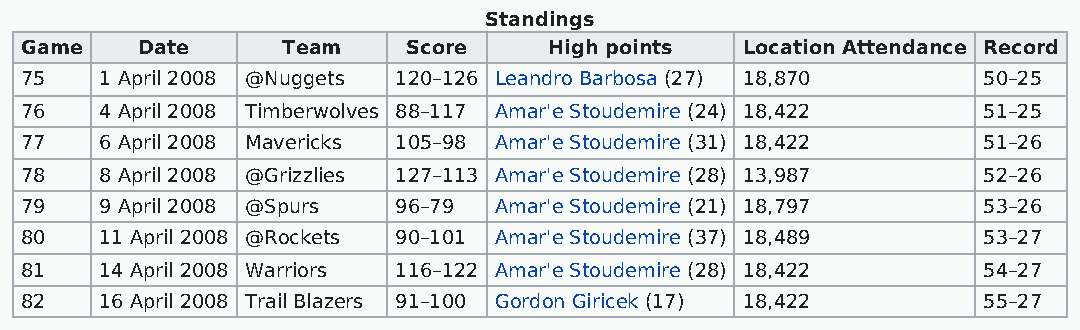
Standings
 Game    Date      Team    Score    High points  Location Attendance Record
 75    1 April 2008 @Nuggets 120–126 Leandro Barbosa (27) 18,870 50–25
 76    4 April 2008 Timberwolves 88–117 Amar'e Stoudemire (24) 18,422 51–25
 77    6 April 2008 Mavericks 105–98 Amar'e Stoudemire (31) 18,422 51–26
 78    8 April 2008 @Grizzlies 127–113 Amar'e Stoudemire (28) 13,987 52–26
 79    9 April 2008 @Spurs 96–79 Amar'e Stoudemire (21) 18,797   53–26
 80    11 April 2008 @Rockets 90–101 Amar'e Stoudemire (37) 18,489 53–27
 81    14 April 2008 Warriors 116–122 Amar'e Stoudemire (28) 18,422 54–27
 82    16 April 2008 Trail Blazers 91–100 Gordon Giricek (17) 18,422 55–27